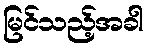
မြင်သည့်အခါ